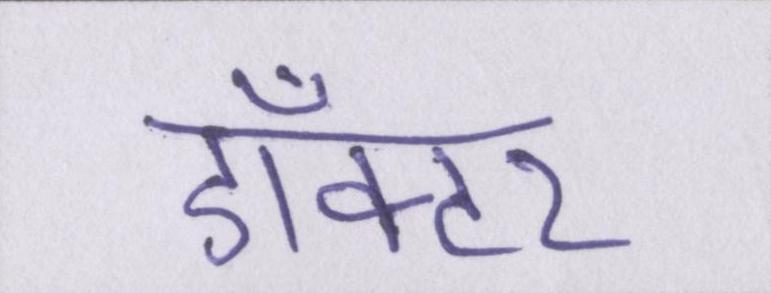
डाँक्टर